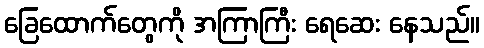
ခြေထောက်တွေကို အကြာကြီး ရေဆေး နေသည်။